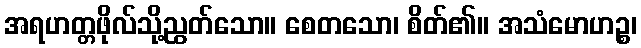
အရဟတ္တဖိုလ်သို့ညွတ်သော။ စေတသော၊ စိတ်၏။ အသံမောဟဉ္စ၊